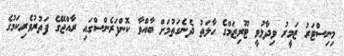
މިނިސްޓަރު ޒަމީރު ވިދާޅުވީ ޓޫރިޒަމްގެ ހާލަތު ދެނެގަތުމަށް ބާއްވާ ކޮންފަރެންސްގައި ރާއްޖޭގެ ފަތުރުވެރިކަމުގެ